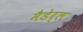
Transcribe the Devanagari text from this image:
मैडेर्ल